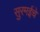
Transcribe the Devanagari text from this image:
सुरमईचे